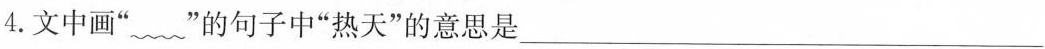
4.文中画”~”的句子中”热天”的意思是___。